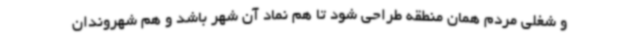
و شغلی مردم همان منطقه طراحی شود تا هم نماد آن شهر باشد و هم شهروندان